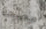
مصحة